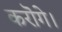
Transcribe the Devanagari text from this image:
करॊगे।